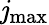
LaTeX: \mathit{j}_{\mathrm{{max}}}